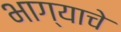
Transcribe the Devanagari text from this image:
भाग्याचे